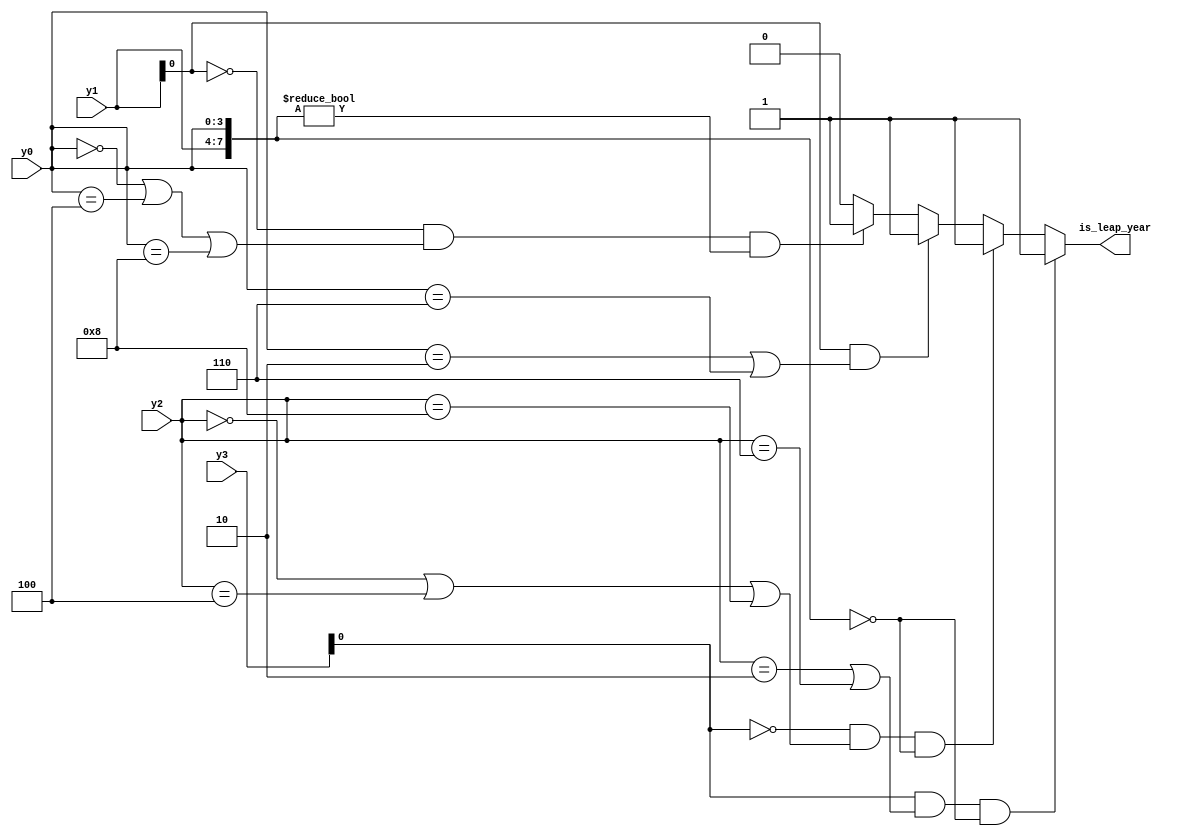
`timescale 1ns / 1ps

module leapyear(
           input [3: 0] y3,
           input [3: 0] y2,
           input [3: 0] y1,
           input [3: 0] y0,
           output reg is_leap_year
       );
//day BCD mn:
//when m=odd n=2/6
//when m=even n=0/4/8
always @( * ) begin
    if ((y3[0] == 1) && ((y2 == 2) || (y2 == 6)) && ({y1, y0} == 0))
        is_leap_year = 1'b1;
    else if ((y3[0] == 0) && ((y2 == 0) || (y2 == 4) || (y2 == 8)) && ({y1, y0} == 0))
        is_leap_year = 1'b1;
    else if ((y1[0] == 1) && ((y0 == 2) || (y0 == 6)))
        is_leap_year = 1'b1;
    else if ((y1[0] == 0) && ((y0 == 0) || (y0 == 4) || (y0 == 8)) && ({y1, y0} != 0))
        is_leap_year = 1'b1;
    else
        is_leap_year = 1'b0;
end
endmodule